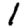
Digit: 1